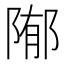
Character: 𱀢